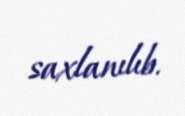
saxlanılıb.